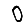
Digit: 0